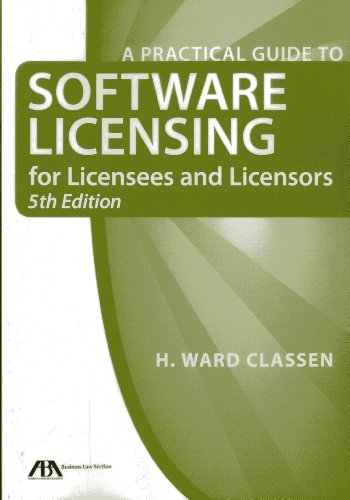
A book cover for A Practical Guide to Software Licensing for Licensees and Licensors; H. Ward Classen; Law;